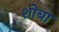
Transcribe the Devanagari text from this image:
शोबा